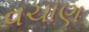
વચાણ